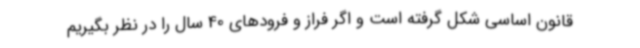
قانون اساسی شکل گرفته است و اگر فراز و فرودهای 40 سال را در نظر بگیریم